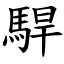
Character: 駻